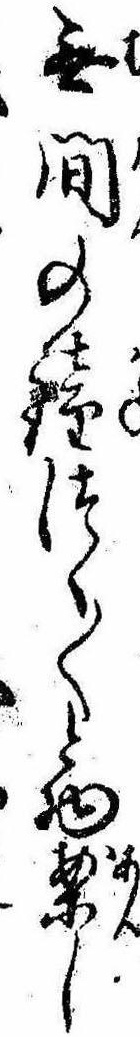
無間の鐘つく〱と物案し